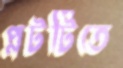
প্লটটিতে